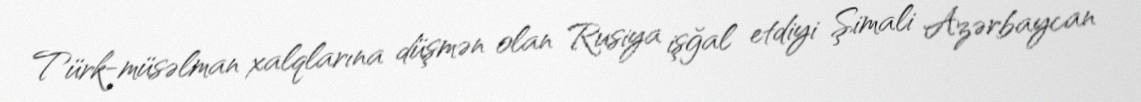
Türk-müsəlman xalqlarına düşmən olan Rusiya işğal etdiyi Şimali Azərbaycan